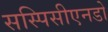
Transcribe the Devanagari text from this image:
सस्पिसीएनडो